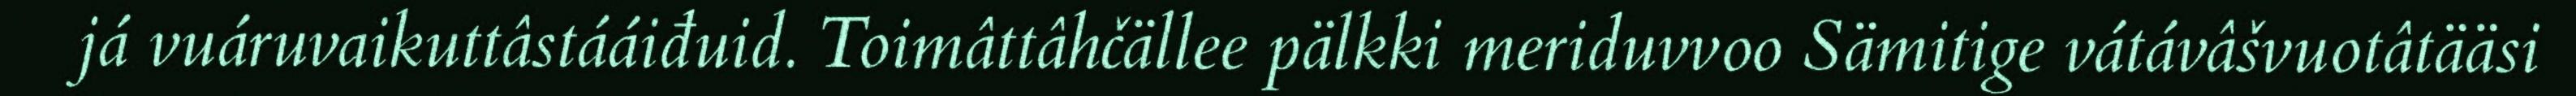
já vuáruvaikuttâstááiđuid. Toimâttâhčällee pälkki meriduvvoo Sämitige vátávâšvuotâtääsi